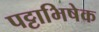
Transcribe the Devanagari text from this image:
पट्टाभिषेक